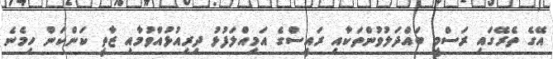
އޭގެ ތެރޭގައި ރަސްމީ ބައްދަލުވުންތަކާއި ރައީސްގެ އަމިއްލަފުޅު ދިރިއުޅުއްވުމާއި ޒާތީ ކަންކަން ހިމެނެ